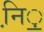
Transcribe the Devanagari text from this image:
नि़़॒